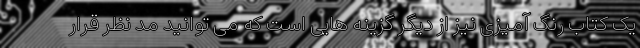
یک کتاب رنگ آمیزی نیز از دیگر گزینه هایی است که می توانید مد نظر قرار